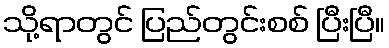
သို့ရာတွင် ပြည်တွင်းစစ် ပြီးပြီ။